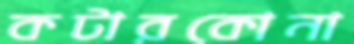
কটারকোনা